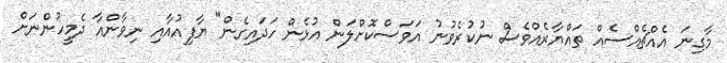
މާގިނަ އެއްޗެއްސެއް ތައްޔާރެއްވެސް ނުކުރެވުނު އަވަސްކޮށްލަން އުޅެން ހަދައިގެން" ޔާފިއުއާއި ނިވާންއާ ދެމީހުންނަށް